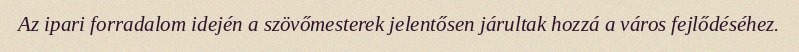
Az ipari forradalom idején a szövőmesterek jelentősen járultak hozzá a város fejlődéséhez.